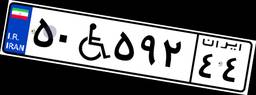
۵۰W۵۹۲۴۴